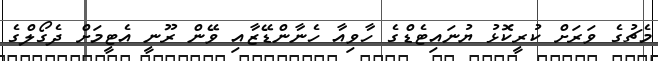
މެޗުގެ ވަރަށް ކުރީކޮޅު ޔުނައިޓެޑްގެ ހާވިއާ ހެނާންޑޭޒާއި ވޭން ރޫނީ އެޓީމަށް ދެގޯލްގެ